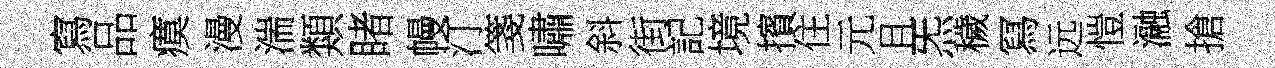
寫品瘼漫湍類睹幔汀箋嘯斜街記境擯住元且炁穢冩远愷瀜搶